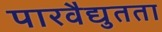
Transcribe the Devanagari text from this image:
पारवैद्युतता